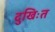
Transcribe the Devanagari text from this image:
दुखिःत